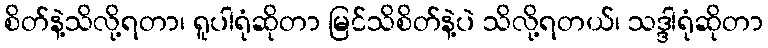
စိတ်နဲ့သိလို့ရတာ၊ ရူပါရုံဆိုတာ မြင်သိစိတ်နဲ့ပဲ သိလို့ရတယ်၊ သဒ္ဒါရုံဆိုတာ